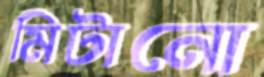
মিটানো